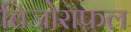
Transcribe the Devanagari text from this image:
बिजोराफल